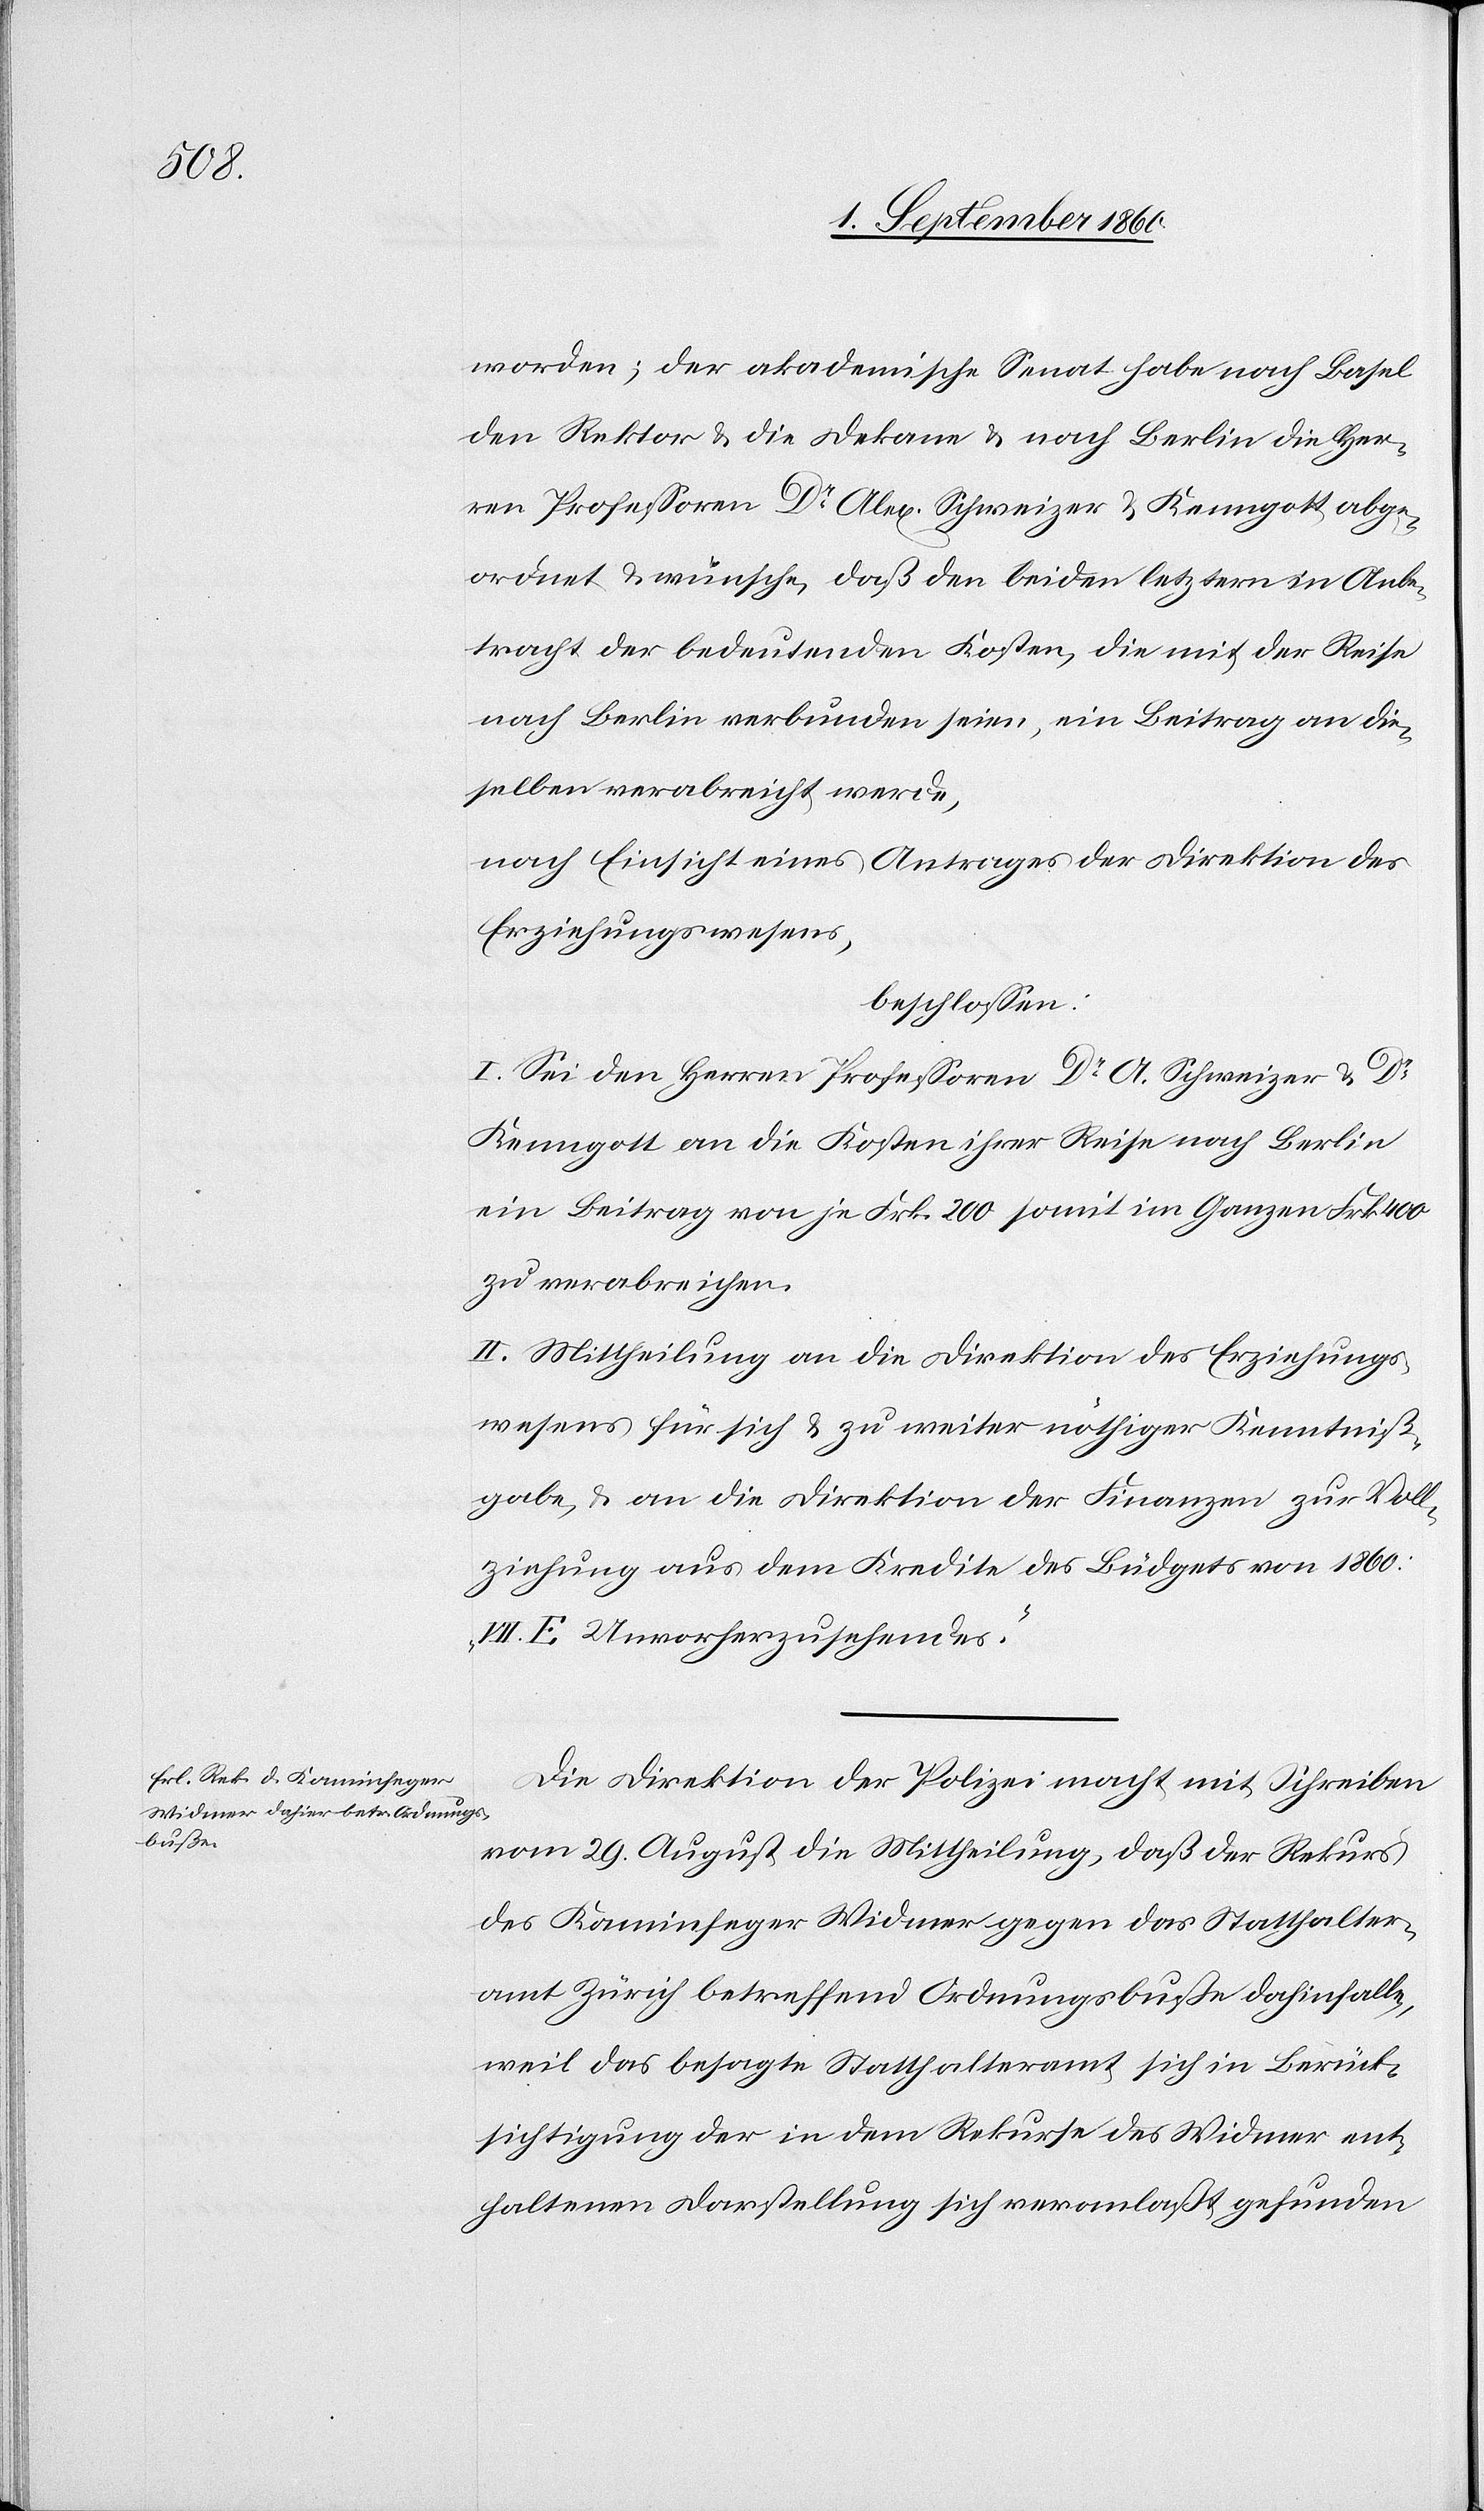
worden, der akademische Senat habe nach Basel
den Rektor u. die Dekane u. nach Berlin die Her¬
ren Professoren Dr. Alex Schweizer u. Kenngott abge¬
ordnet u. wünsche, dass den beiden letztern in Anbe¬
tracht der bedeutenden Kosten, die mit der Reise
nach Berlin verbunden seien, ein Beitrag an die¬
selben verabreicht werde,
nach Einsicht eines Antrages der Direktion des
Erziehungswesens,
beschlossen:
I. Sei den Herren Professoren Dr. A. Schweizer u. Dr.
Kenngott an die Kosten ihrer Reise nach Berlin
ein Beitrag von je fcs. 200, somit im Ganzen fcs. 400
zu verabreichen.
II. Mittheilung an die Direktion des Erziehungs¬
wesens für sich und zu weiter nöthiger Kenntniss¬
gabe u. an die Direktion der Finanzen zur Voll¬
ziehung aus dem Kredite des Büdgets von 1860:
VII E. Unvorhergesehenes.
Die Direktion der Polizei macht mit Schreiben
vom 29. August Mittheilung, dass der Rekurs
des Kaminfeger Widmer gegen das Statthalter¬
amt Zürich betreffend Ordnungsbusse dahinfalle,
weil das besagte Statthalteramt sich in Berück¬
sichtigung der in dem Rekurse des Widmer ent¬
haltenen Darstellung sich veranlasst gefunden